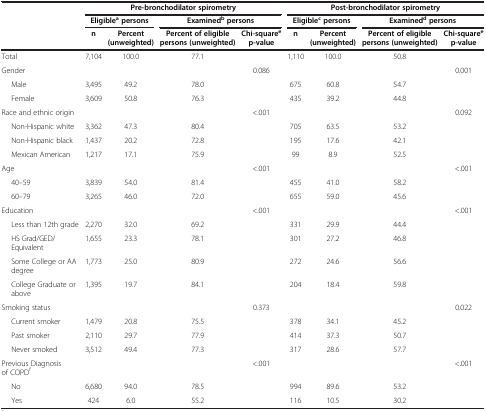
<table><thead><tr><td rowspan="3"><b> </b></td><td colspan="4"><b>Pre-bronchodilator spirometry</b></td><td colspan="4"><b>Post-bronchodilator spirometry</b></td></tr><tr><td colspan="2"><b>Eligible<sup>a </sup>persons</b></td><td colspan="2"><b>Examined<sup>b </sup>persons</b></td><td colspan="2"><b>Eligible<sup>c </sup>persons</b></td><td colspan="2"><b>Examined<sup>d </sup>persons</b></td></tr><tr><td><b>n</b></td><td><b>Percent (unweighted)</b></td><td><b>Percent of eligible persons (unweighted)</b></td><td><b>Chi-square<sup>e </sup>p-value</b></td><td><b>n</b></td><td><b>Percent (unweighted)</b></td><td><b>Percent of eligible persons (unweighted)</b></td><td><b>Chi-square<sup>e </sup>p-value</b></td></tr></thead><tbody><tr><td>Total</td><td>7,104</td><td>100.0</td><td>77.1</td><td> </td><td>1,110</td><td>100.0</td><td>50.8</td><td> </td></tr><tr><td>Gender</td><td> </td><td> </td><td> </td><td>0.086</td><td> </td><td> </td><td> </td><td>0.001</td></tr><tr><td>Male</td><td>3,495</td><td>49.2</td><td>78.0</td><td> </td><td>675</td><td>60.8</td><td>54.7</td><td> </td></tr><tr><td>Female</td><td>3,609</td><td>50.8</td><td>76.3</td><td> </td><td>435</td><td>39.2</td><td>44.8</td><td> </td></tr><tr><td>Race and ethnic origin</td><td> </td><td> </td><td> </td><td>&lt;.001</td><td> </td><td> </td><td> </td><td>0.092</td></tr><tr><td>Non-Hispanic white</td><td>3,362</td><td>47.3</td><td>80.4</td><td> </td><td>705</td><td>63.5</td><td>53.2</td><td> </td></tr><tr><td>Non-Hispanic black</td><td>1,437</td><td>20.2</td><td>72.8</td><td> </td><td>195</td><td>17.6</td><td>42.1</td><td> </td></tr><tr><td>Mexican American</td><td>1,217</td><td>17.1</td><td>75.9</td><td> </td><td>99</td><td>8.9</td><td>52.5</td><td> </td></tr><tr><td>Age</td><td> </td><td> </td><td> </td><td>&lt;.001</td><td> </td><td> </td><td> </td><td>&lt;.001</td></tr><tr><td>40–59</td><td>3,839</td><td>54.0</td><td>81.4</td><td> </td><td>455</td><td>41.0</td><td>58.2</td><td> </td></tr><tr><td>60–79</td><td>3,265</td><td>46.0</td><td>72.0</td><td> </td><td>655</td><td>59.0</td><td>45.6</td><td> </td></tr><tr><td>Education</td><td> </td><td> </td><td> </td><td>&lt;.001</td><td> </td><td> </td><td> </td><td>&lt;.001</td></tr><tr><td>Less than 12th grade</td><td>2,270</td><td>32.0</td><td>69.2</td><td> </td><td>331</td><td>29.9</td><td>44.4</td><td> </td></tr><tr><td>HS Grad/GED/Equivalent</td><td>1,655</td><td>23.3</td><td>78.1</td><td> </td><td>301</td><td>27.2</td><td>46.8</td><td> </td></tr><tr><td>Some College or AA degree</td><td>1,773</td><td>25.0</td><td>80.9</td><td> </td><td>272</td><td>24.6</td><td>56.6</td><td> </td></tr><tr><td>College Graduate or above</td><td>1,395</td><td>19.7</td><td>84.1</td><td> </td><td>204</td><td>18.4</td><td>59.8</td><td> </td></tr><tr><td>Smoking status</td><td> </td><td> </td><td> </td><td>0.373</td><td> </td><td> </td><td> </td><td>0.022</td></tr><tr><td>Current smoker</td><td>1,479</td><td>20.8</td><td>75.5</td><td> </td><td>378</td><td>34.1</td><td>45.2</td><td> </td></tr><tr><td>Past smoker</td><td>2,110</td><td>29.7</td><td>77.9</td><td> </td><td>414</td><td>37.3</td><td>50.7</td><td> </td></tr><tr><td>Never smoked</td><td>3,512</td><td>49.4</td><td>77.3</td><td> </td><td>317</td><td>28.6</td><td>57.7</td><td> </td></tr><tr><td>Previous Diagnosis of COPD<sup>f</sup></td><td> </td><td> </td><td> </td><td>&lt;.001</td><td> </td><td> </td><td> </td><td>&lt;.001</td></tr><tr><td>No</td><td>6,680</td><td>94.0</td><td>78.5</td><td> </td><td>994</td><td>89.6</td><td>53.2</td><td> </td></tr><tr><td>Yes</td><td>424</td><td>6.0</td><td>55.2</td><td> </td><td>116</td><td>10.5</td><td>30.2</td><td> </td></tr></tbody></table>